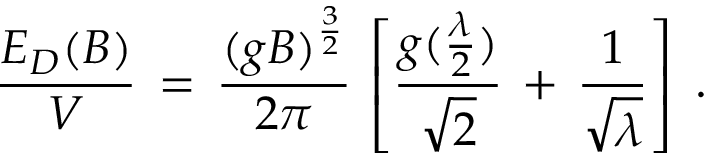
\frac { E _ { D } ( B ) } { V } \, = \, \frac { ( g B ) ^ { \frac { 3 } { 2 } } } { 2 \pi } \, \left[ \frac { g ( \frac { \lambda } { 2 } ) } { \sqrt { 2 } } \, + \, \frac { 1 } { \sqrt { \lambda } } \right] \; .